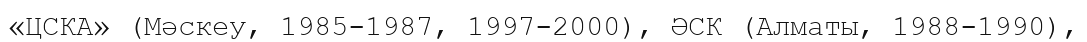
«ЦСКА» (Мәскеу, 1985-1987, 1997-2000), ӘСК (Алматы, 1988-1990),